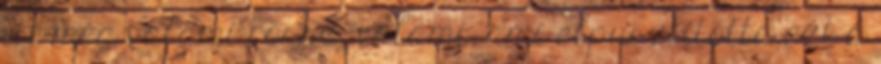
itt még valami rossz, valami, ami elpusztította ezt a